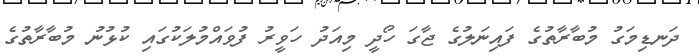
ދަނޑިމަގު މުބާރާތުގެ ފައިނަލުގެ ޖާގަ ހޯދީ މިއަދު ހަވީރު ފުވައްމުލަކުގައި ކުޅުނު މުބާރާތުގެ